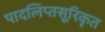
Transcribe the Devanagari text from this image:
पादलिप्तसूरिकृत